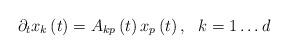
LaTeX: \begin{align*} {\partial _t}{x_k}\left( t \right) = {A_{kp}}\left( t \right){x_p}\left( t \right) , \ \ k=1\dots d\end{align*}